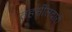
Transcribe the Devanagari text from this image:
तहसीलदारों